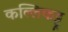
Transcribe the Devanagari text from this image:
कल्लिकट्टू